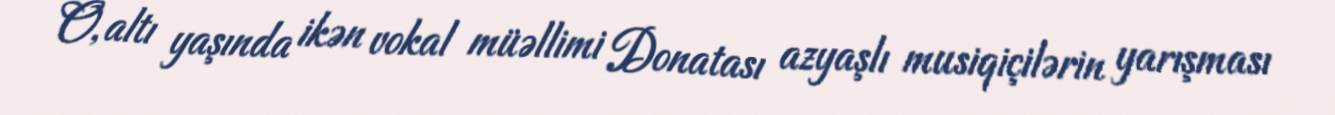
O, altı yaşında ikən vokal müəllimi Donatası azyaşlı musiqiçilərin yarışması